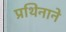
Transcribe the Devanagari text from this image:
प्रथिनाने